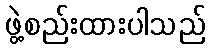
ဖွဲ့စည်းထားပါသည်